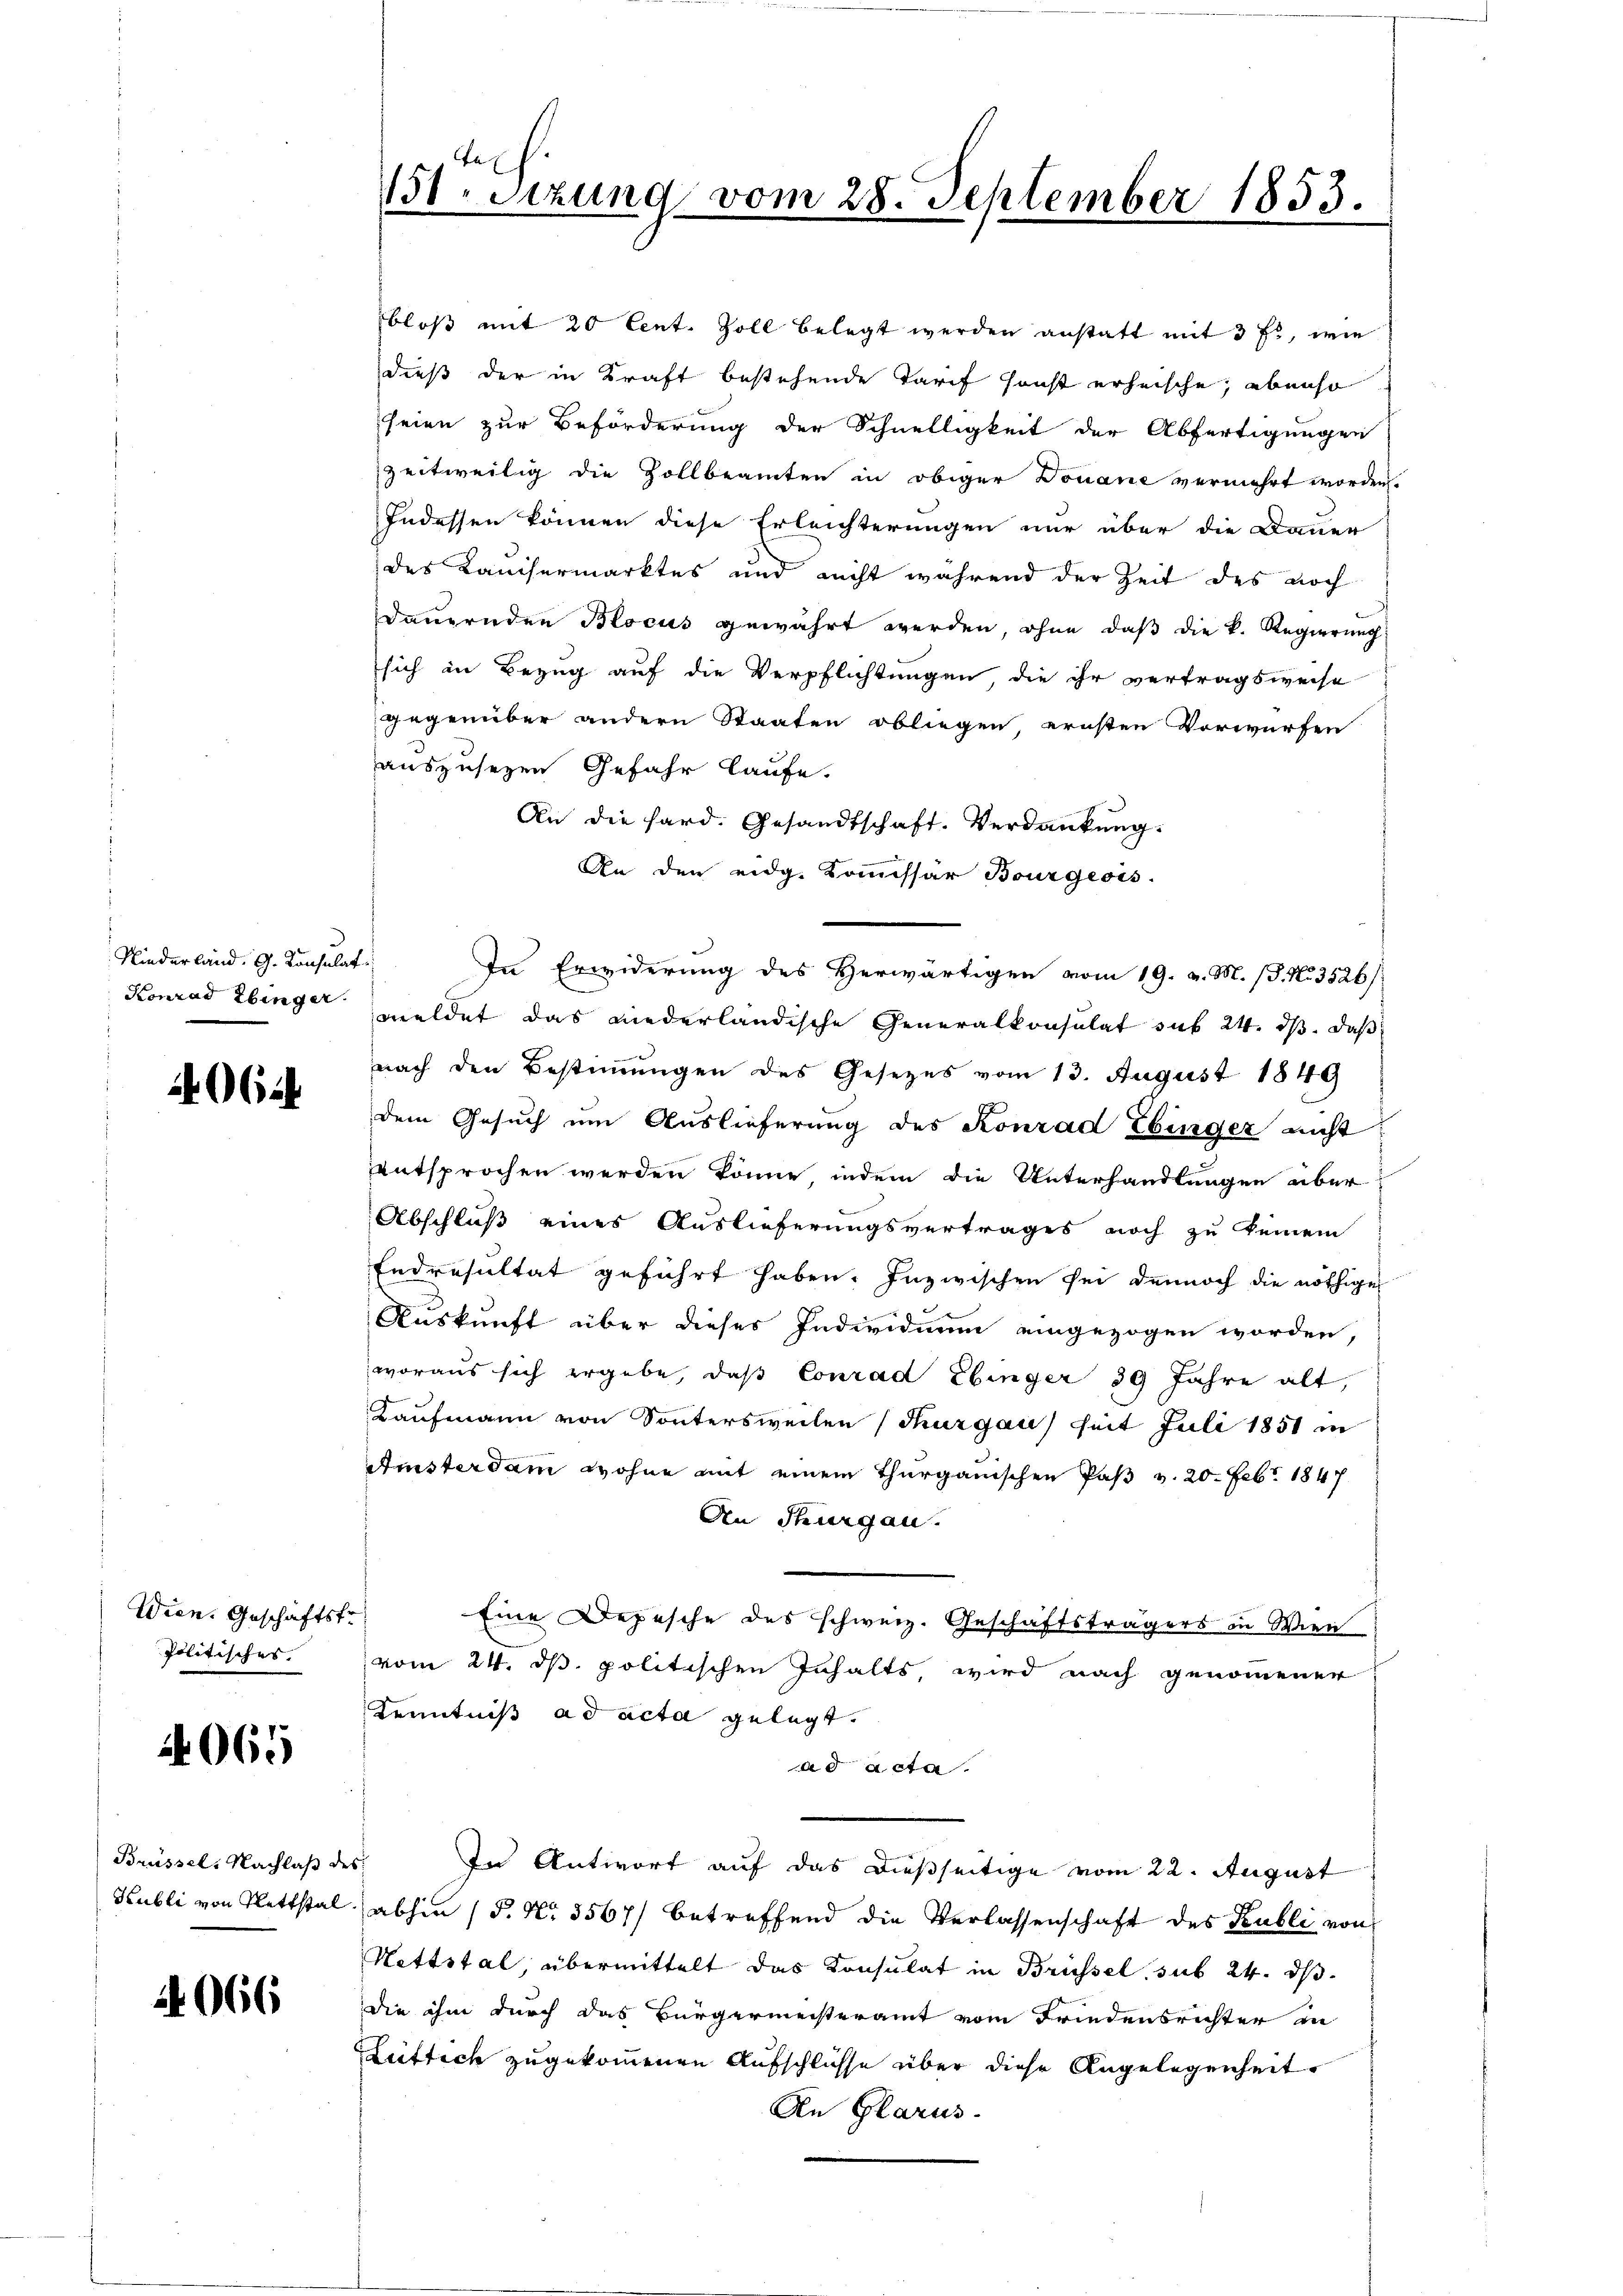
Niederland. G. Konsulat
Konrad Ebinger.

406 u

Wien. Geschäftstr
Politisches.

4065

Brüssel, Nachlaß de
Kubli von Nettstal

2066

e
131 Stzung vom 28. September 1855.

bloß mit 20 Cent. Soll belegt werden anstatt mit 3 fs, wie
dieß der in Kraft bestehende Tarif sonst erheische, ebenso
seien zur Beförderung der Schnelligkeit der Abfertigungen
zeitweilig die Zollbeamten in obiger Douane vermehrt worden.
Indessen können diese Erleichterungen nur über die Dauer
des Kaisermarktes und nicht während der Zeit des noch
Dauernden Blocus gewährt werden, ohne daß die k. Regierung
sich in Bezug auf die Verpflichtungen, die ihr vertragsweise
gegenüber andern Staaten obliegen ernsten Vorwürfen
auszusehen Gefahr laufe.
An die hard. Gesandtschaft. Verdankung:
An den eidg. Kommissar Bourgeois.
In Erwiderung des Herwärtigen vom 19. v. M. P. No. 3526/
meldet das niederländische Generalkonsulat sub 24. ds. daß
nach den Bestimmungen des Gesetzes vom 13. August 1849
dem Gesuch um Auslieferung des Konrad Ebinger nicht
entsprochen werden könne, indem die Unterhandlungen über
Abschluß eines Auslieferungsvertrages noch zu keinem
Endresultat geführt haben. Inzwischen sei dennoch die nöthige
Auskunft über dieser Individuum eingezogen worden,
woraus sich ergebe, daß Conrad Ebinger 39 Jahre alt,
Kaufmann von Sonntersweilen (Thurgau seit Juli 1851 in
Amisterdam wohne mit einem Thurgauischen Paß v. 20. Febr. 1847
An Thurgau.
Eine Depesche des schweiz. Geschäftsträgers in Wien
vom 24. ds. politischen Inhalts wird nach genommener
Kenntniß ad acta gelegt.
ad acta.
In Antwort auf das dießseitige vom 22. August
abhin (P. Nr. 3567/ betreffend die Verlassenschaft des Publi von
Hettstal, übermittelt das Konsulat in Brüssel, sub 24. dβ.
die ihm durch das Bürgermeisteramt vom Friedensrichter in
Lüttich zugekommenen Aufschlüsse über diese Angelegenheit
An Glarus